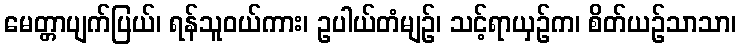
မေတ္တာပျက်ပြယ်၊ ရန်သူဝယ်ကား၊ ဥပါယ်တံမျဉ်၊ သင့်ရာယှဉ်က၊ စိတ်ယဉ်သာသာ၊